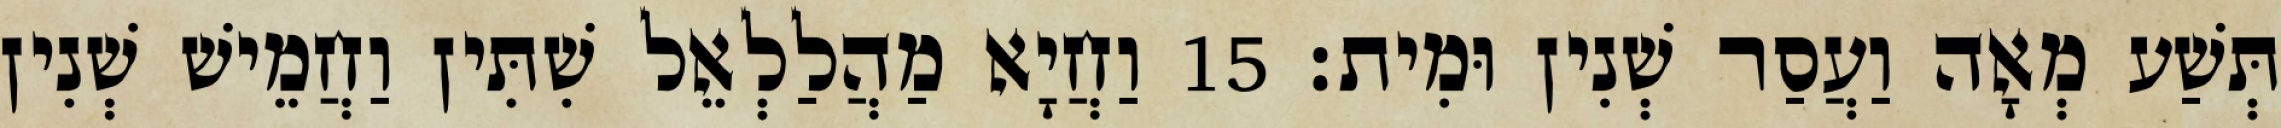
תְּשַׁע מְאָה וַעֲסַר שְׁנִין וּמִית׃ 15 וַחֲיָא מַהֲלַלְאֵל שִׁתִּין וַחֲמֵישׁ שְׁנִין